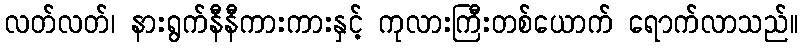
လတ်လတ်၊ နားရွက်နီနီကားကားနှင့် ကုလားကြီးတစ်ယောက် ရောက်လာသည်။